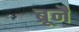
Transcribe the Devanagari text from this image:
ब्रूनै